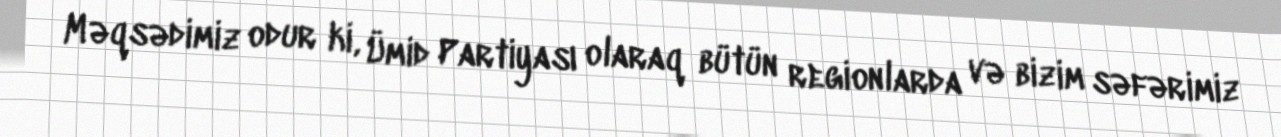
Məqsədimiz odur ki, Ümid Partiyası olaraq bütün regionlarda və bizim səfərimiz